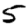
Digit: 5